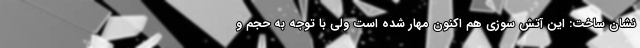
نشان ساخت: این آتش سوزی هم اکنون مهار شده است ولی با توجه به حجم و